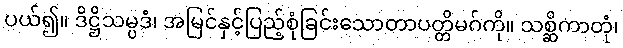
ပယ်၍။ ဒိဋ္ဌိသမ္ပဒံ၊ အမြင်နှင့်ပြည့်စုံခြင်းသောတာပတ္တိမဂ်ကို။ သစ္ဆိကာတုံ၊